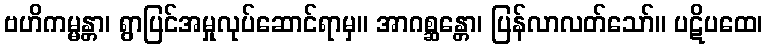
ဗဟိကမ္မန္တာ၊ ရွာပြင်အမှုလုပ်ဆောင်ရာမှ။ အာဂစ္ဆန္တော၊ ပြန်လာလတ်သော်။ ပဋိပထေ၊